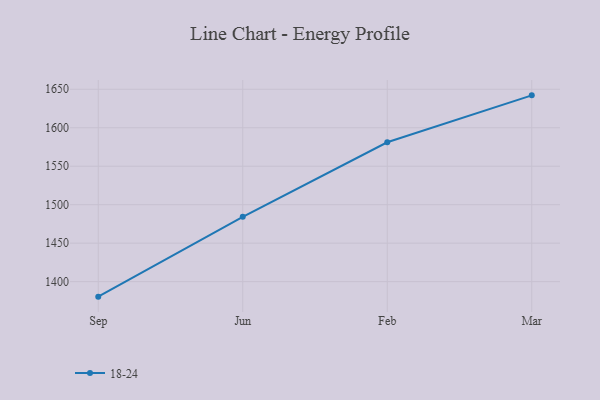
{"axis": {"x": "Month", "y": "Humidity (%)"}, "legend": ["18-24"], "data": [{"x": "Sep", "y": 1380.5, "type": "18-24"}, {"x": "Jun", "y": 1484.3, "type": "18-24"}, {"x": "Feb", "y": 1581.1, "type": "18-24"}, {"x": "Mar", "y": 1642.1, "type": "18-24"}]}